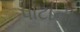
પાટાની